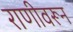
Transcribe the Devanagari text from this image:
राणीवरून